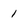
Character: 1